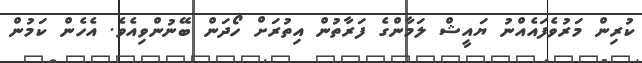
ކުރިން މަރުވެފައެއްނު ޔައީޝް ލަމާންގެ ފަރާތުން އިތުރަށް ހޯދަން ބޭނުންވިއެވެ. އެހެން ކަމުން